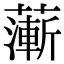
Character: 𦾶